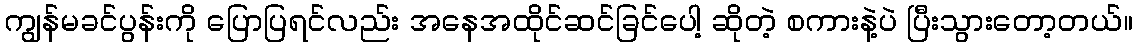
ကျွန်မခင်ပွန်းကို ပြောပြရင်လည်း အနေအထိုင်ဆင်ခြင်ပေါ့ ဆိုတဲ့ စကားနဲ့ပဲ ပြီးသွားတော့တယ်။